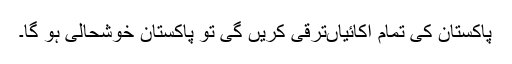
پاکستان کی تمام اکائیاںترقی کریں گی تو پاکستان خوشحالی ہو گا۔